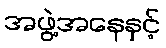
အဖွဲ့အနေနှင့်